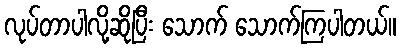
လုပ်တာပါလို့ဆိုပြီး သောက် သောက်ကြပါတယ်။